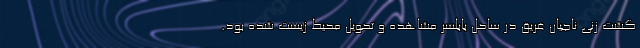
گشت زنی ناجیان غریق در ساحل بابلسر مشاهده و تحویل محیط زیست شده بود.